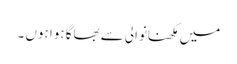
میں مکھنانوالی سے بھاگا ہوا ہوں ۔